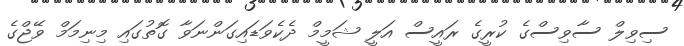
ސިވިލް ސާވިސްގެ ކުރީގެ ރައީސް އަލީ ޝަމީމް ދެކެވަޑައިގަންނަވާ ގޮތުގައި މިނިމަމް ވޭޖްގެ